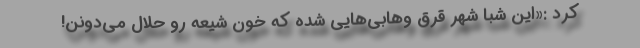
کرد :«این شبا شهر قُرق وهابی‌هایی شده که خون شیعه رو حلال می‌دونن!